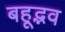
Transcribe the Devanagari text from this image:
बहूद्भव